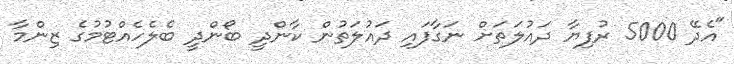
"އެދޭ 5000 ރުފިޔާ ދައުލަތަށް ނަގާފައި ދައުލަތުން ކާންދީ ބޯންދީ ބެލެހެއްޓުމުގެ ޒިންމާ